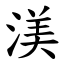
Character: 渼